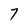
Character: 7